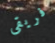
فريقى